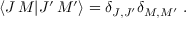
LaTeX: \left\langle J \, M | J ^ { \prime } \, M ^ { \prime } \right\rangle = \delta _ { J , J ^ { \prime } } \delta _ { M , M ^ { \prime } } ~ .